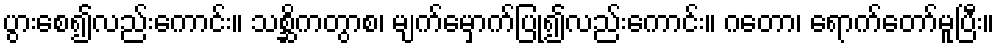
ပွားစေ၍လည်းကောင်း။ သစ္ဆိကတွာစ၊ မျက်မှောက်ပြု၍လည်းကောင်း။ ဂတော၊ ရောက်တော်မူပြီး။